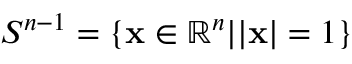
S ^ { n - 1 } = \{ { \bf x } \in \mathbb { R } ^ { n } | | { \bf x } | = 1 \}